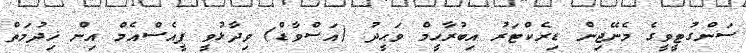
ސަންގުޓީވީގެ މެނޭޖިން ޑިރެކްޓަރު އިބުރާހީމް ވަޙީދު (އަސްވާޑް) ވިދާޅުވީ ޕީއެސްއެމް އިން ޚިދުމަތް